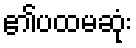
၏ပထမဆုံး